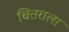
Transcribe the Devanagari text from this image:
चितराला